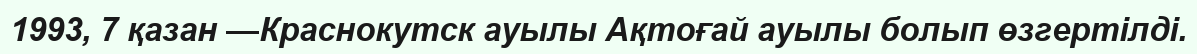
1993, 7 қазан —Краснокутск ауылы Ақтоғай ауылы болып өзгертілді.